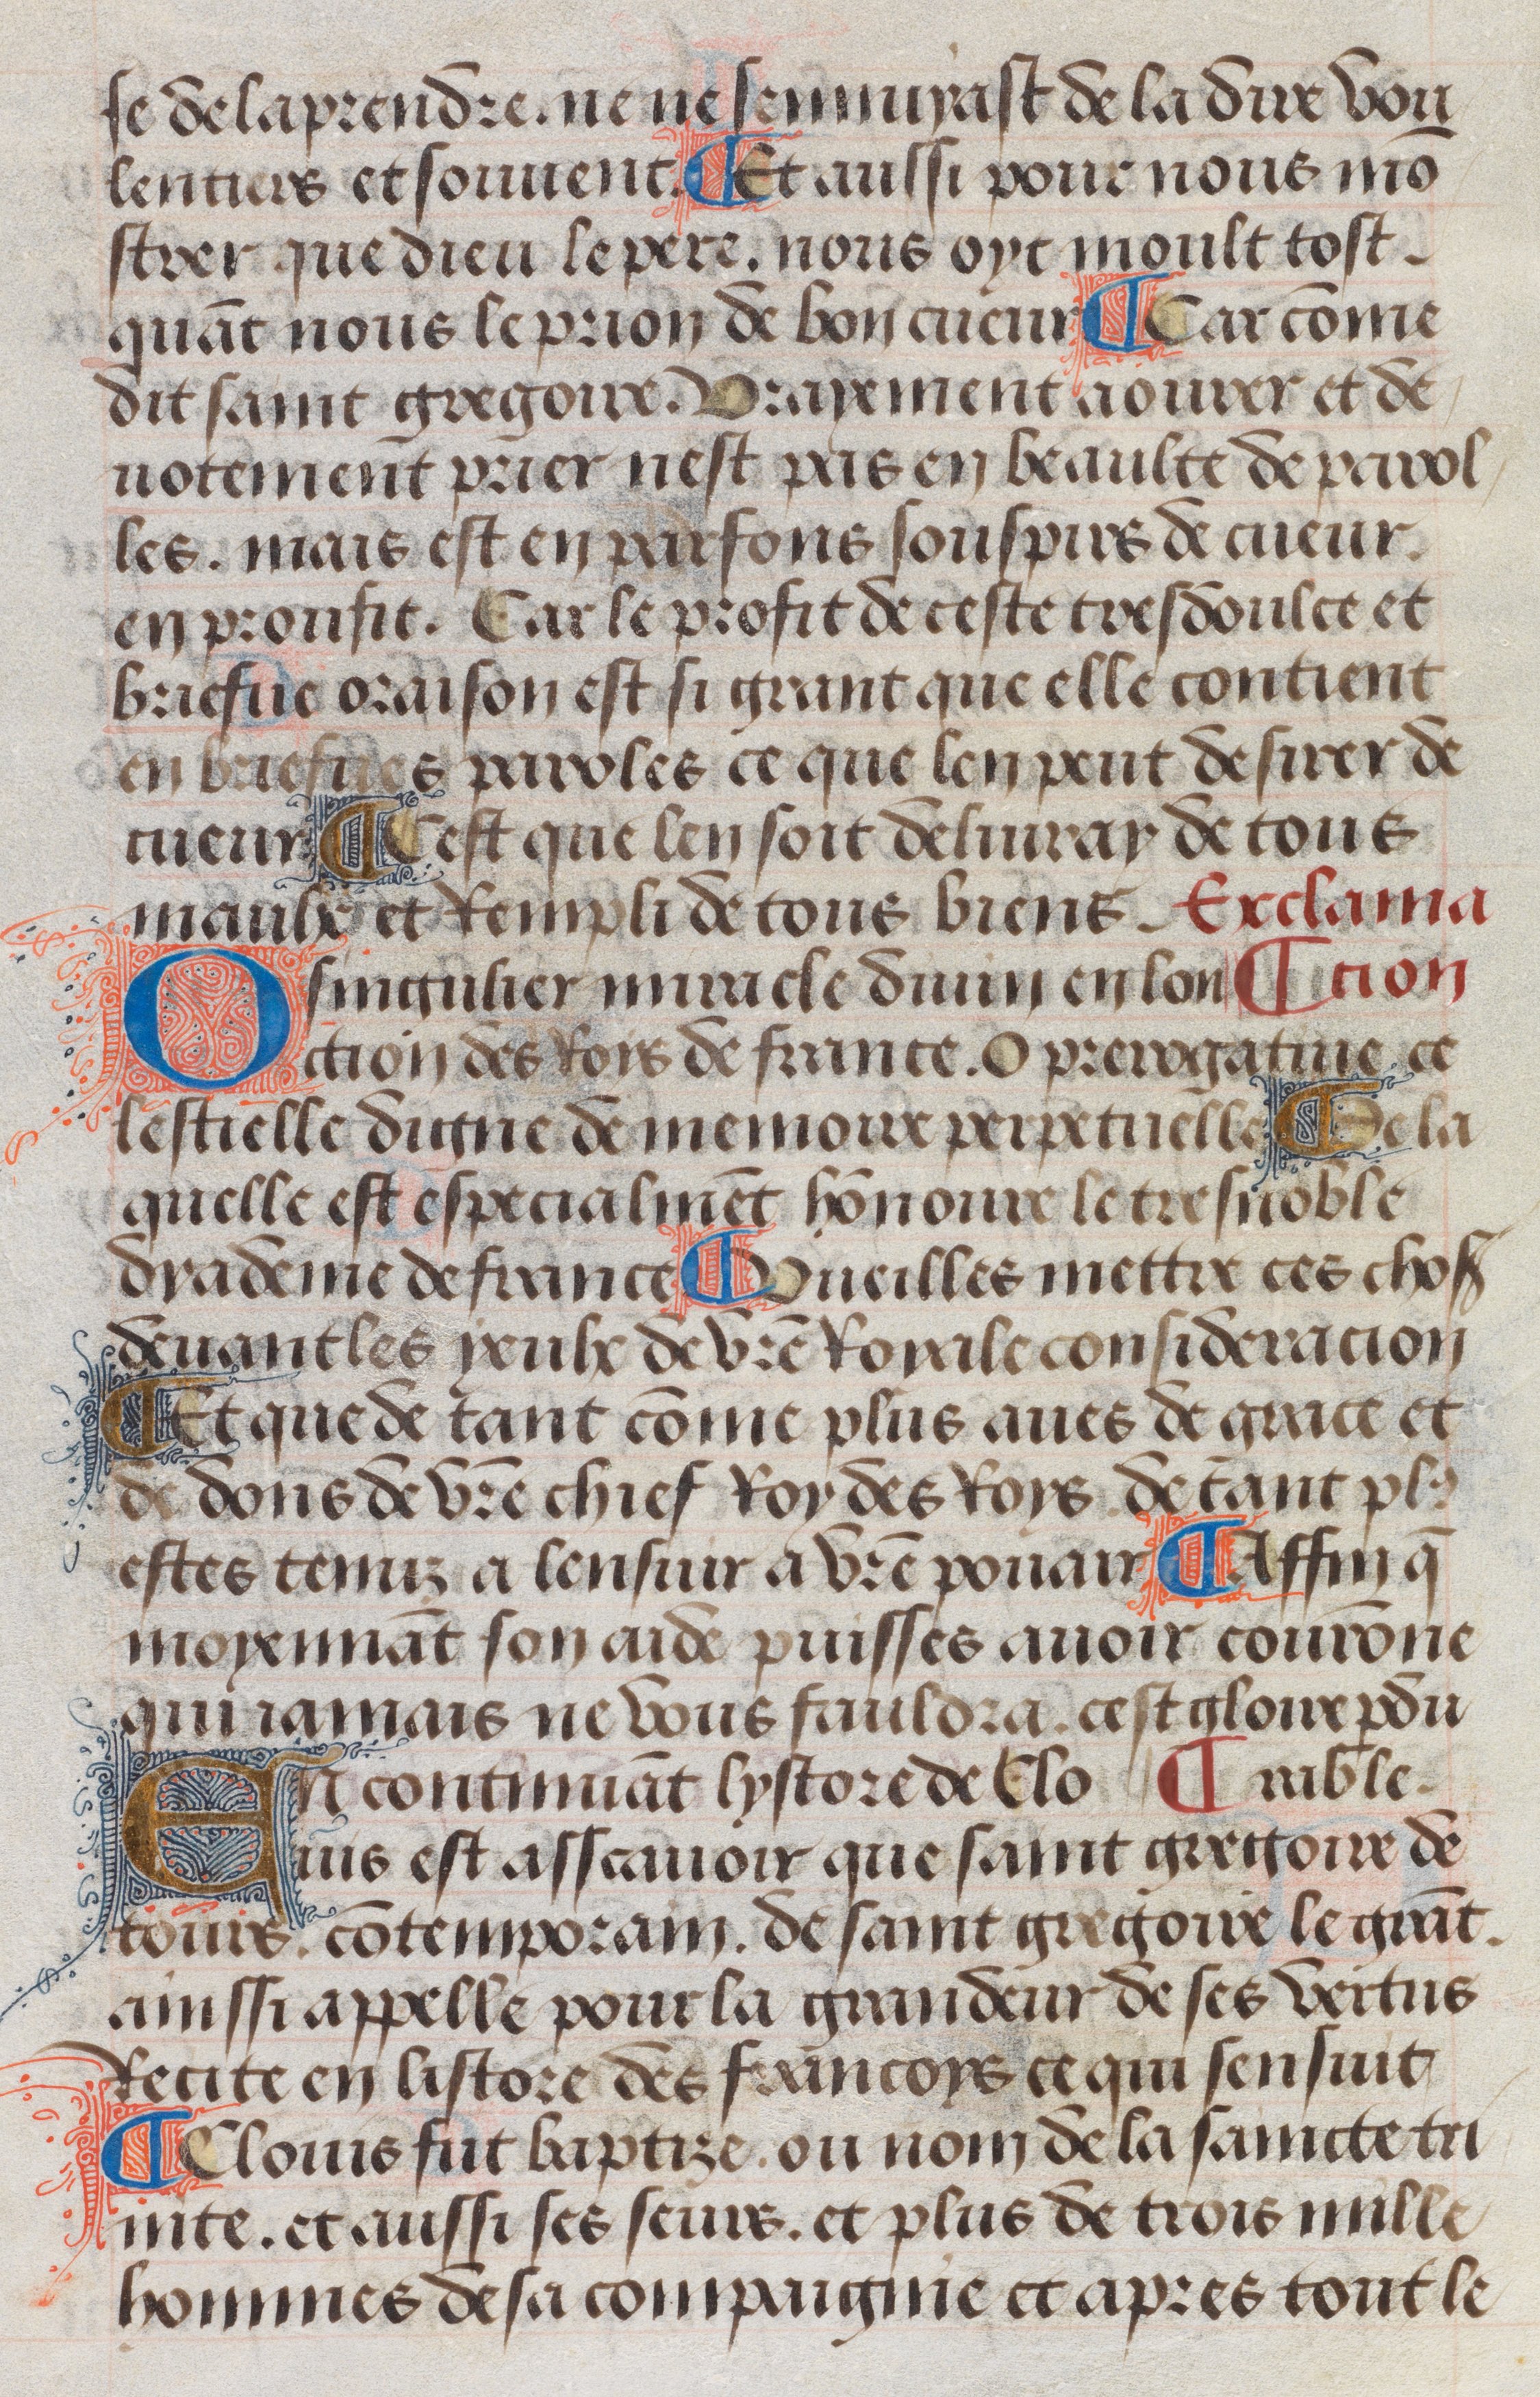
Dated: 1483–1503